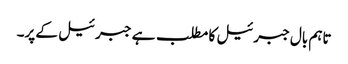
تاہم بال جبرئیل کا مطلب ہے جبرئیل کے پر۔